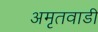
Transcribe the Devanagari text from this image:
अमृतवाडी